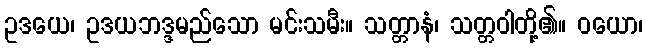
ဥဒယေ၊ ဥဒယဘဒ္ဒမည်သော မင်းသမီး။ သတ္တာနံ၊ သတ္တဝါတို့၏။ ဝယော၊